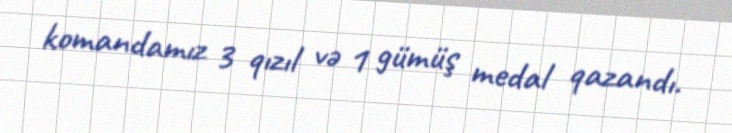
komandamız 3 qızıl və 1 gümüş medal qazandı.